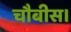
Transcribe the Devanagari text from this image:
चौबीस।